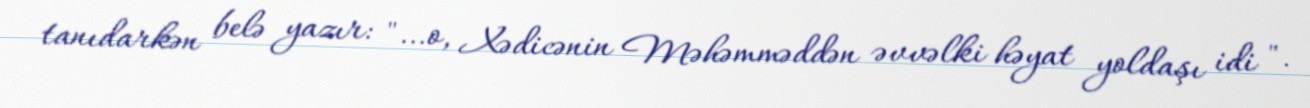
tanıdarkən belə yazır: "…o, Xədicənin Məhəmməddən əvvəlki həyat yoldaşı idi ".